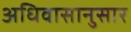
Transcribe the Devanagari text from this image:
अधिवासानुसार